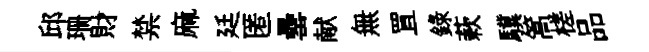
邱珊財禁麻廷匿罍献無罝錄蔌驥篙槎品